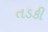
તડકી